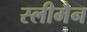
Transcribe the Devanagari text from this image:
स्‍लीमैन